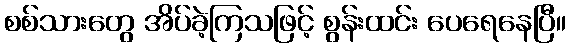
စစ်သားတွေ အိပ်ခဲ့ကြသဖြင့် စွန်းထင်း ပေရေနေပြီ။